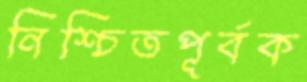
নিশ্চিতপূর্বক